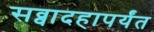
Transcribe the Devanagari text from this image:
सव्वादहापर्यंत